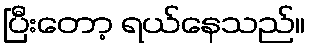
ပြီးတော့ ရယ်နေသည်။